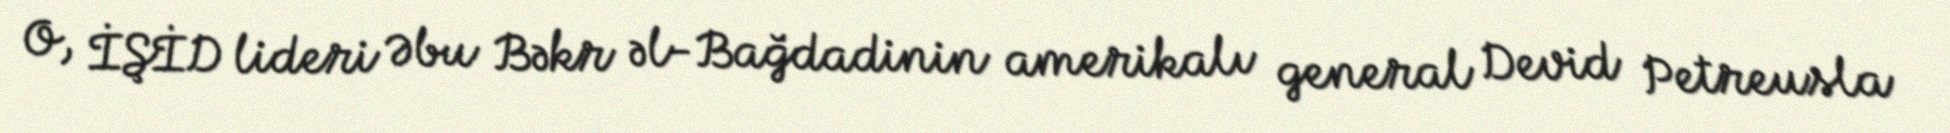
O, İŞİD lideri Əbu Bəkr əl-Bağdadinin amerikalı general Devid Petreusla